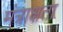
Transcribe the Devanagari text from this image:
मंत्राक्षता